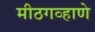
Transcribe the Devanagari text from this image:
मीठगव्हाणे